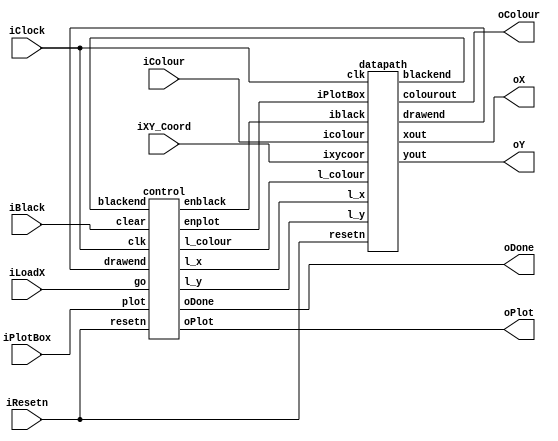
//
// This is the template for Part 2 of Lab 7.
//
// Paul Chow(baili gaojiao)
// November 2021
//

module part2(iResetn,iPlotBox,iBlack,iColour,iLoadX,iXY_Coord,iClock,oX,oY,oColour,oPlot,oDone);
   parameter X_SCREEN_PIXELS = 8'd160;
   parameter Y_SCREEN_PIXELS = 7'd120;

   input wire iResetn, iPlotBox, iBlack, iLoadX;
   input wire [2:0] iColour;
   input wire [6:0] iXY_Coord;
   input wire          iClock;
   output wire [7:0] oX;         // VGA pixel coordinates
   output wire [6:0] oY;

   output wire [2:0] oColour;     // VGA pixel colour (0-7)
   output wire       oPlot;       // Pixel draw enable
   output wire       oDone;       // goes high when finished drawing frame

   //
   // Your code goes here

    wire l_x,l_y,l_colour;
	 wire enBlack,enPlot;
    wire drawEnd,blackEnd;
		
    control u0(iResetn,iClock,iLoadX,iPlotBox,iBlack,drawEnd,blackEnd, oPlot,oDone,l_y,l_colour,l_x,enBlack,enPlot);
    datapath u1(iClock,iResetn,enBlack,enPlot,l_x,l_y,l_colour,iColour,iXY_Coord,oX,oY,oColour,drawEnd,blackEnd);


endmodule // part2


module control(
	input resetn,
    input clk,
    input go,
    input plot,
    input clear,
	input drawend,
	input blackend,
//            input [3:0] counter,
//            input [7:0] counterx,
//            input [6:0] countery,
            
    output reg oPlot, oDone,l_y, l_colour, l_x,enblack,enplot
);
            
            reg [2:0] current_state, next_state;

            
            localparam s_load_x = 3'd0,
                         s_load_x_wait = 3'd1,
                         s_load_y = 3'd2,
                         s_load_y_wait = 3'd3,
                         draw = 3'd4,
                         black = 3'd5,
							 done=3'd6;
            
    always@(*)
       begin: state_table
            case(current_state)
                 s_load_x: next_state = go ? s_load_x_wait:s_load_x;
                 s_load_x_wait: next_state = go ? s_load_x_wait:s_load_y;
                 s_load_y: next_state = plot ? s_load_y_wait:s_load_y;
                 s_load_y_wait: next_state=plot ? s_load_y_wait:draw;
                 draw: next_state = drawend? done:draw;
                 black: next_state = blackend? done:black;
					done:
						begin
							if(go)
								next_state=s_load_x;
							else if(clear)
								next_state=black;
							else
								next_state=done;
							end
         default: next_state=s_load_x;
     endcase
  end

   always@(*)
      begin: enable_signals
            oPlot=1'b0;
            oDone=1'b0;
            l_x=1'b0;
            l_y=1'b0;
            l_colour=1'b0;
            
            case(current_state)
                  s_load_x: begin
                        oPlot=1'b0;
                        l_x=1'b1;
                        l_y=1'b0;
                        l_colour=1'b0;
							oDone=1'b0;
                  end
                  
                  s_load_y:begin
                        oPlot=1'b0;
                        l_x=1'b0;
                        l_y=1'b1;
                        l_colour=1'b1;
                  end
                  
                  draw: begin
                        oPlot=1'b1;
                        l_x=1'b0;
                        l_y=1'b0;
                        l_colour=1'b0;
							enplot=1'b1;
                  end
                  
                  black: begin
                        oPlot=1'b1;
                        l_x=1'b0;
                        l_y=1'b0;
                        l_colour=1'b0;
							enblack=1'b1;
                  end

					done: begin
							oPlot=1'b0;
							enblack=1'b0;
							enplot=1'b0;
							oDone=1'b1;
						end

            endcase
      end
      
//      always@(posedge clk)
//      begin
//            if(current_state==cycle_0 && counter==4'd15)
//                  oDone<=1'b1;
//            else if(current_state==black && counterx==8'd159 && countery==7'd119)
//                  oDone<=1'b1;
//            else
//                  oDone<=1'b0;
//      end
//      
  always@(posedge clk)
      begin: state_FFs
            if(!resetn)
                  current_state<=s_load_x;
            else if(clear)
                  current_state<=black;
            else
                  current_state<=next_state;
      end


	always@(posedge clk)
      begin
            if(!resetn)
				oDone<=1'b0;
			else if(clear)
				oDone<=1'b0;
      end

endmodule
      
      
      
module datapath(
     input clk,
     input resetn,
     input iblack,
	  input iPlotBox,
     input l_x,l_y,l_colour,
     input [2:0] icolour,
     input [6:0] ixycoor,

     output reg [7:0] xout,
     output reg [6:0] yout,
     output reg [2:0] colourout,
     output reg  drawend,
     output reg  blackend
);


            
    reg [7:0] ox;
    reg [6:0] oy;
    reg [2:0] col;
	reg [7:0] xcounter;
	reg [6:0] ycounter;
	reg [4:0] counter;

            
    always@(posedge clk)
       begin
            //registers x, y, colour with respective input logic
             if(!resetn)
                  begin
						xout<=8'd0;
						yout<=7'd0;
						colourout<=3'd0;
						drawend<=1'b0;
						blackend<=1'b0;
                     ox<=8'd0;
                     oy<=7'd0;
                     col<=3'd0;
						xcounter<=8'd0;
						ycounter<=7'd0;
						counter<=5'd0;
                 end
             else
                        //load x, y, colour when their enable signals are high
                 begin
                     if(l_x)
                        ox <= {1'b0,ixycoor};
                     if(l_y)
                        oy <= ixycoor;
                     if(l_colour)
                        col<=icolour;
                  end
            end
            
            //output xout, yout and colourout register
     always@(posedge clk)
			begin
				if(iPlotBox)
					begin
						if(counter<=5'd15)
							begin
								counter<=counter+4'd1;
								xout<=ox+counter[1:0];
                            yout<=oy+counter[3:2];
                            colourout<=col;
								drawend=1'b0;
							end
						else
							begin
							drawend=1'b1;
							counter<=5'd0;
							end
					end
			end
			
	always@(posedge clk)
			begin
				if(iblack)
				begin
				if(xcounter==8'd0&&ycounter==7'd0)
					blackend<=1'b0;
				if(xcounter==8'd159 && ycounter==7'd119)
                 begin
                     xcounter<=8'd0;
                     ycounter<=7'd0;
						blackend<=1'b1;
                 end
             else if(xcounter==8'd159&&ycounter!=7'd119)
					begin
						xcounter<=8'd0;
						ycounter<=ycounter+7'd1;
					end
				else
					begin
					 xcounter<=xcounter+8'd1;
					end
                xout<=xcounter;
                yout<=ycounter;
                colourout<=3'd0;                          
          end
   end
endmodule
//            begin
//                  if(!resetn)
//                        begin
//                              xout<=8'd0;
//                              yout<=7'd0;
//                              colourout<=3'd0;
//                              xcounter<=8'd0;
//                              ycounter<=7'd0;
//                              counter<=4'd0;
//                        end
//                  else//reset is high
//                        begin
//                        if(iblack == 0)
//                              begin
//                        //need to plot a box
//                              if(iPlotBox)
//                                    begin
//                                          if(counter <= 4'd15)
//                                          begin
//                                                counter<=counter+4'd1;
//                                                xout<=ox+counter[1:0];
//                                                yout<=oy+counter[3:2];
//                                                colourout<=col;
//                                          end
//                                          else
//                                                counter <= 4'd0;
//                                    end                                 
//                              end
//                     else//iblack is high, we need to clear the whole screen to black(000)
//                              begin                                                       
//                                          if(xcounter==8'd159 && ycounter!=7'd119)
//                                                begin
//                                                      xcounter<=8'd0;
//                                                      ycounter<=ycounter+7'd1;
//                                                end
//                                          else
//                                                begin
//                                                      xcounter<=xcounter+8'd1;
//                                                end
//                                          xout<=xcounter;
//                                          yout<=ycounter;
//                                          colourout<=3'd0;                          
//                              end
//                        end
//            end
//endmodule